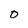
Character: O